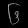
Digit: ၆